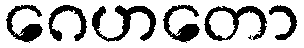
ဂေဟတော